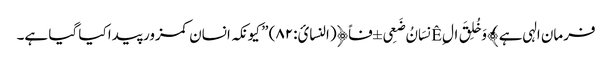
فرمان الہی ہے ﴾وَخُلِقَ ال Êِنسَانُ ضَعِی ±فاً﴿(النسائ:۸۲) ” کیونکہ انسان کمزور پیدا کیا گیا ہے۔